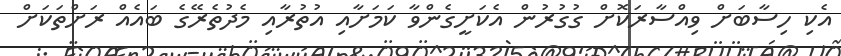
އެކި ހިސާބަށް ވިއްސާރަކޮށް ގުގުރުން އެކަށީގެންވާ ކަމަށާއި އުތުރާއި މެދުތެރޭގެ ބައެއް ރަށްތަކަށް